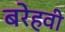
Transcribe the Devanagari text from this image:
बरेहवी